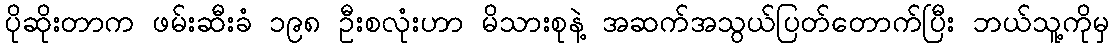
ပိုဆိုးတာက ဖမ်းဆီးခံ ၁၉၈ ဦးစလုံးဟာ မိသားစုနဲ့ အဆက်အသွယ်ပြတ်တောက်ပြီး ဘယ်သူ့ကိုမှ